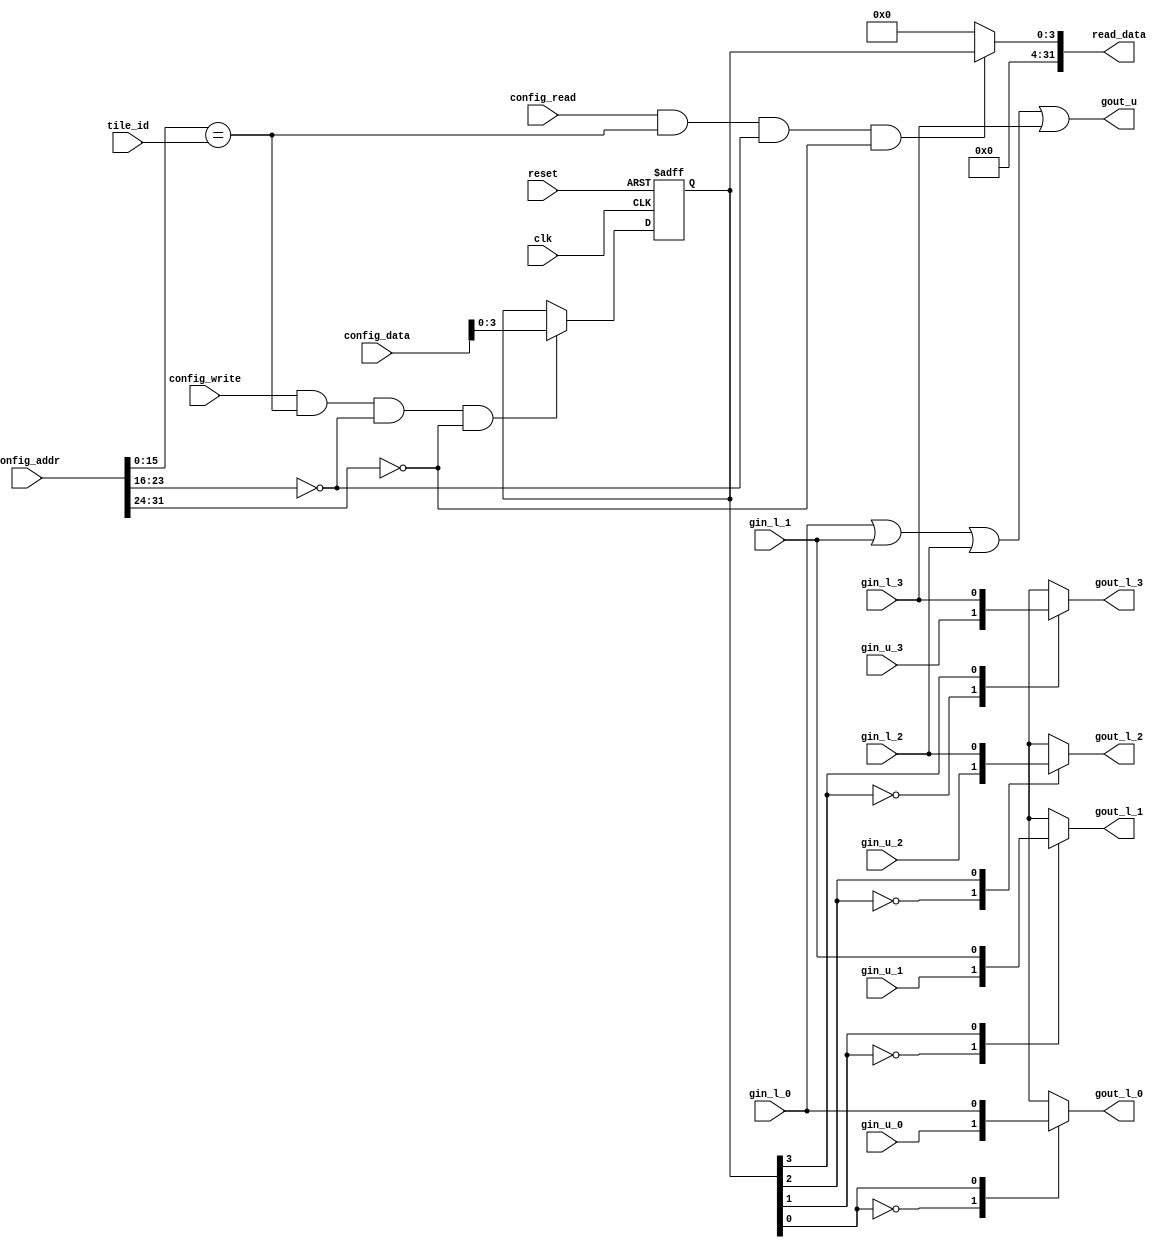
//
//--------------------------------------------------------------------------------
//          THIS FILE WAS AUTOMATICALLY GENERATED BY THE GENESIS2 ENGINE        
//  FOR MORE INFORMATION: OFER SHACHAM (CHIP GENESIS INC / STANFORD VLSI GROUP)
//    !! THIS VERSION OF GENESIS2 IS NOT FOR ANY COMMERCIAL USE !!
//     FOR COMMERCIAL LICENSE CONTACT SHACHAM@ALUMNI.STANFORD.EDU
//--------------------------------------------------------------------------------
//
//  
//	-----------------------------------------------
//	|            Genesis Release Info             |
//	|  $Change: 11904 $ --- $Date: 2013/08/03 $   |
//	-----------------------------------------------
//	
//
//  Source file: /horowitz/users/dhuff/CGRAGenerator/hardware/generator_z/global_signal_tile/global_signal_tile.vp
//  Source template: global_signal_tile
//
// --------------- Begin Pre-Generation Parameters Status Report ---------------
//
//	From 'generate' statement (priority=5):
// Parameter global_signal_count 	= 4
//
//		---- ---- ---- ---- ---- ---- ---- ---- ---- ---- ----
//
//	From Command Line input (priority=4):
//
//		---- ---- ---- ---- ---- ---- ---- ---- ---- ---- ----
//
//	From XML input (priority=3):
//
//		---- ---- ---- ---- ---- ---- ---- ---- ---- ---- ----
//
//	From Config File input (priority=2):
//
// ---------------- End Pre-Generation Pramameters Status Report ----------------

// global_signal_count (_GENESIS2_INHERITANCE_PRIORITY_) = 4
//

module global_signal_tile_unq1 (
gin_l_0,
gin_u_0,
gout_l_0,
gin_l_1,
gin_u_1,
gout_l_1,
gin_l_2,
gin_u_2,
gout_l_2,
gin_l_3,
gin_u_3,
gout_l_3,
gout_u,
clk,
reset,
config_addr,
config_data,
config_read,
config_write,
tile_id,
read_data
);
  input gin_l_0;
  input gin_u_0;
  input gin_l_1;
  input gin_u_1;
  input gin_l_2;
  input gin_u_2;
  input gin_l_3;
  input gin_u_3;
  output reg gout_l_0;
  output reg gout_l_1;
  output reg gout_l_2;
  output reg gout_l_3;
  output reg gout_u;
  input  clk;
  input  reset;
  input [31:0] config_addr;
  input [31:0] config_data;
  input config_read;
  input config_write;
  input [15:0] tile_id;
  output reg [31:0] read_data;

 reg [3:0] config_reg;
 always @(posedge clk or posedge reset) begin
   if (reset==1'b1) begin
     config_reg <= {4'd0};
   end else begin
       if (config_write && (config_addr[15:0]==tile_id)&&(config_addr[23:16]==8'd0)&&(config_addr[31:24]==8'd0)) begin
         config_reg <= config_data[3:0];
       end
   end
 end
  always @(*) begin
    if (config_read && (config_addr[15:0]==tile_id)&&(config_addr[23:16]==8'd0)&&(config_addr[31:24]==8'd0)) begin
      read_data = config_reg;
    end
    else begin
      read_data = 'h0;
    end
  end
  always @(*) begin
    gout_u = gin_l_0 | gin_l_1 | gin_l_2 | gin_l_3 | 1'b0;
  end

  always @(*) begin
    case (config_reg[0])
      1'd0: gout_l_0 = gin_u_0;
      1'd1: gout_l_0 = gin_l_0;
      default: gout_l_0 =  gin_u_0;
    endcase
  end
  always @(*) begin
    case (config_reg[1])
      1'd0: gout_l_1 = gin_u_1;
      1'd1: gout_l_1 = gin_l_1;
      default: gout_l_1 =  gin_u_1;
    endcase
  end
  always @(*) begin
    case (config_reg[2])
      1'd0: gout_l_2 = gin_u_2;
      1'd1: gout_l_2 = gin_l_2;
      default: gout_l_2 =  gin_u_2;
    endcase
  end
  always @(*) begin
    case (config_reg[3])
      1'd0: gout_l_3 = gin_u_3;
      1'd1: gout_l_3 = gin_l_3;
      default: gout_l_3 =  gin_u_3;
    endcase
  end
endmodule